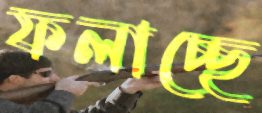
ফলাচ্ছে